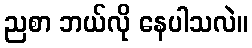
ညစာ ဘယ်လို နေပါသလဲ။